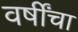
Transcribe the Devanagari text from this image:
वर्षींचा